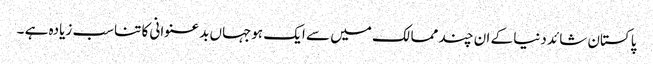
پاکستان شائد دنیا کے ان چند ممالک میں سے ایک ہوجہاں بدعنوانی کا تناسب زیادہ ہے ۔